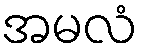
အမလံ